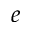
e